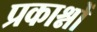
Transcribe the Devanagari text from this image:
प्रकाश्नों